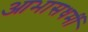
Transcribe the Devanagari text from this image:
आभासधर्मी